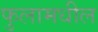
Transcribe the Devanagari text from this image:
फुलामधील